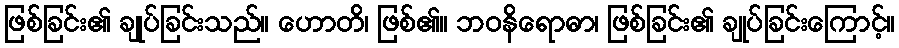
ဖြစ်ခြင်း၏ ချုပ်ခြင်းသည်။ ဟောတိ၊ ဖြစ်၏။ ဘဝနိရောဓာ၊ ဖြစ်ခြင်း၏ ချုပ်ခြင်းကြောင့်။